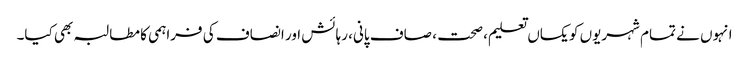
انہوں نے تمام شہریوں کو یکساں تعلیم، صحت ، صاف پانی، رہائش اور انصاف کی فراہمی کا مطالبہ بھی کیا۔